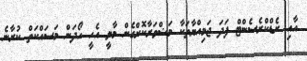
އާއި ރެޑްކްރެސެންޓް ފަދަ ޖަމިއްޔާތަކާ މަޝްވަރާކޮށްގެން މާލީ އެހީ ހޯދަން މަސައްކަތް ކުރާނެ